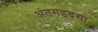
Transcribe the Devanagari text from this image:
अंतगडदसा